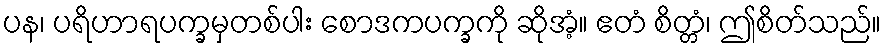
ပန၊ ပရိဟာရပက္ခမှတစ်ပါး စောဒကပက္ခကို ဆိုအံ့။ ဧတံ စိတ္တံ၊ ဤစိတ်သည်။